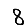
Digit: 8